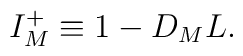
I^+_M \equiv 1 - D_M L .